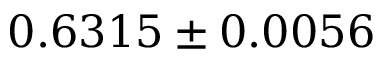
0 . 6 3 1 5 \pm 0 . 0 0 5 6